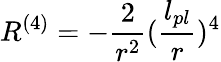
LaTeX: R^{(4)}=-{\frac{2}{r^{2}}}({\frac{l_{pl}}{r}})^{4}